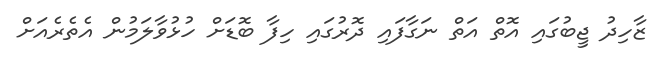
ޒާހިދު ޖީބުގައި އޮތް އަތް ނަގާފައި ދޮރުގައި ހިފާ ބޮޑަށް ހުޅުވާލަމުން އެތެރެއަށް